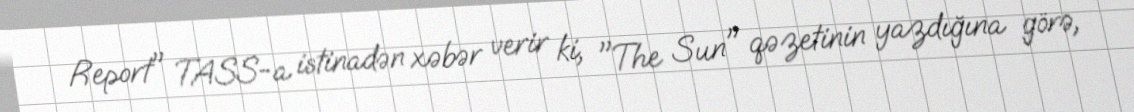
Report" TASS-a istinadən xəbər verir ki, "The Sun" qəzetinin yazdığına görə,